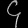
Digit: ၄